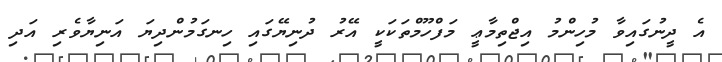
އެ ދީނުގައިވާ މުހިންމު އިޖްތިމާޢީ މަފްހޫމްތަކަކީ އޭރު ދުނިޔޭގައި ހިނގަމުންދިޔަ އަނިޔާވެރި އަދި